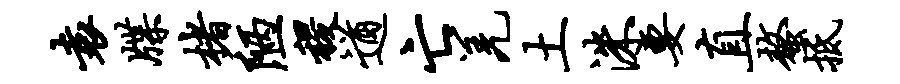
袁牒楮陋稷遒亡羌土洙要直螯抵